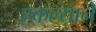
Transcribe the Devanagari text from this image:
एकल्याने